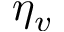
\eta _ { v }